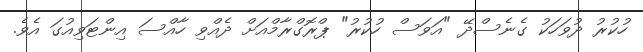
ހުކުރު ދުވަހަކު ގެނެސްދޭ "އަވަސް ހުކުރު" ޕްރޮގްރާމްއަށް ދެއްވި ހާއްސަ އިންޓަވިއުގަ އެވެ.